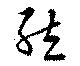
然